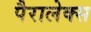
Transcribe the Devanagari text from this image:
पैरालेक्स